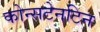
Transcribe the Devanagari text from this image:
कोन्सटेनटिन